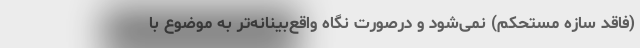
(فاقد سازه مستحکم) نمی‌شود و درصورت نگاه واقع‌بینانه‌تر به موضوع با